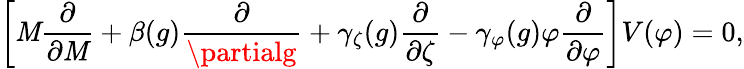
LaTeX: \left[\mathit{M}{\frac{{\partial}}{{\partial\mathit{M}}}}+\beta(g){\frac{{\partial}}{{\partialg}}}+\gamma_{\zeta}(g){\frac{{\partial}}{{\partial\zeta}}}-\gamma_{\varphi}(g)\varphi{\frac{{\partial}}{{\partial\varphi}}}\right]V(\varphi)=0,